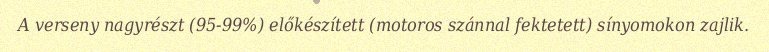
A verseny nagyrészt (95-99%) előkészített (motoros szánnal fektetett) sínyomokon zajlik.